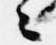
々